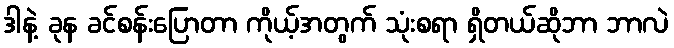
ဒါနဲ့ ခုန ခင်စန်းပြောတာ ကိုယ့်အတွက် သုံးစရာ ရှိတယ်ဆိုဘာ ဘာလဲ